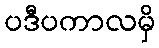
ပဒီပကာလမှိ